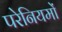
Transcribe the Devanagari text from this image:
परेनियमों